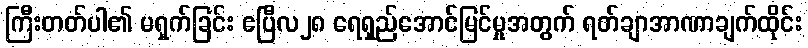
ကြီးတတ်ပါ၏ မရှက်ခြင်း ဧပြီလ၂၈ ရေရှည်အောင်မြင်မှုအတွက် ရတ်ချာအာဏာချက်ထိုင်း